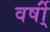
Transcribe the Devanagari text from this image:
वर्षो्ं